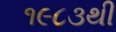
૧૯૮૩થી